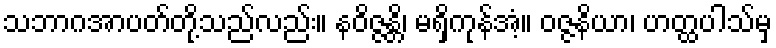
သဘာဂအာပတ်တို့သည်လည်း။ နဝိဇ္ဇန္တိ၊ မရှိကုန်အံ့။ ဝဇ္ဇနိယာ၊ ဟတ္ထပါသ်မှ